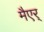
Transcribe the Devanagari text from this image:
मैएर्